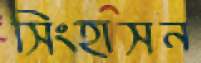
সিংহাসন